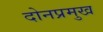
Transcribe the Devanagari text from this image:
दोनप्रमुख